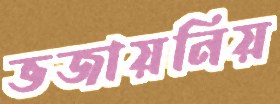
ভজায়নিয়